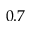
0 . 7